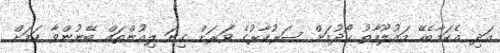
އަދި އެކަމާބެހޭ މައުލޫމާތު ހޯދުމަށް ސަރުކާރުގެ ވަރަށް ގިނަ ލިއުންތައް ބޭނުންވާ ކަމަށް